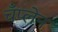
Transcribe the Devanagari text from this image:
चँप्लेन